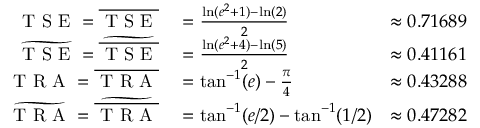
\begin{array} { r l r } { \mathrm { ~ T ~ S ~ E ~ } = \overline { { \mathrm { ~ T ~ S ~ E ~ } } } } & { { } = \frac { \ln ( e ^ { 2 } + 1 ) - \ln ( 2 ) } { 2 } } & { \approx 0 . 7 1 6 8 9 } \\ { \widetilde { \mathrm { ~ T ~ S ~ E ~ } } = \widetilde { \overline { { \mathrm { ~ T ~ S ~ E ~ } } } } } & { { } = \frac { \ln ( e ^ { 2 } + 4 ) - \ln ( 5 ) } { 2 } } & { \approx 0 . 4 1 1 6 1 } \\ { \mathrm { ~ T ~ R ~ A ~ } = \overline { { \mathrm { ~ T ~ R ~ A ~ } } } } & { { } = \tan ^ { - 1 } ( e ) - \frac { \pi } { 4 } } & { \approx 0 . 4 3 2 8 8 } \\ { \widetilde { \mathrm { ~ T ~ R ~ A ~ } } = \widetilde { \overline { { \mathrm { ~ T ~ R ~ A ~ } } } } } & { { } = \tan ^ { - 1 } ( e / 2 ) - \tan ^ { - 1 } ( 1 / 2 ) } & { \approx 0 . 4 7 2 8 2 } \end{array}